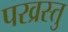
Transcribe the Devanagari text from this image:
परव्रस्तु